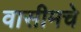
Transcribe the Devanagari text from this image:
वासीमचे